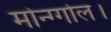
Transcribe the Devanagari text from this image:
मोन्ग्गोल।